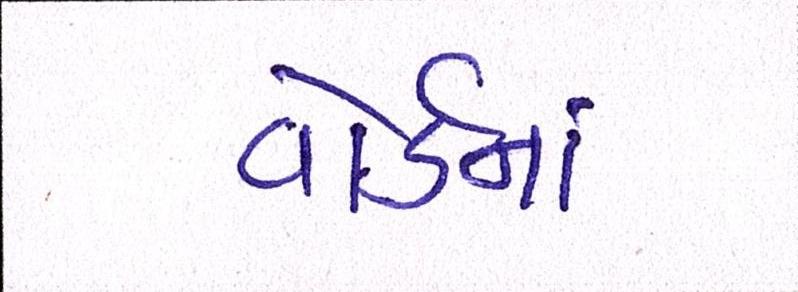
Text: વોર્ડનાં